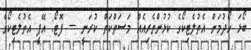
ބޯޅަ ހޯދުމަށް އެތުލެޓިކޯގެ ކުޅުންތެރިއެއް މަސަތްކަތް ކުރަނީ --- ފޮޓޯ: އޭޕީ އެތުލެޓިކޯގެ